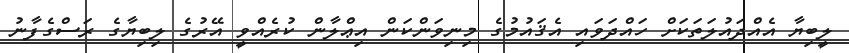
ލީބިޔާ އެއްދައުލަތަކަށް ހައްދަވައި އެޤައުމުގެ މިނިވަންކަން އިޢްލާން ކުރެއްވީ އޭރުގެ ލިބިޔާގެ ރަސްގެފާނު